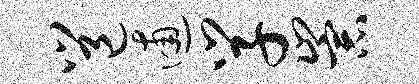
邕逋学崇